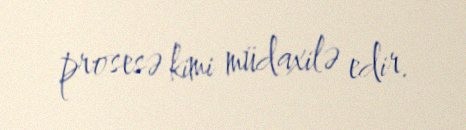
prosesə kimi müdaxilə edir.